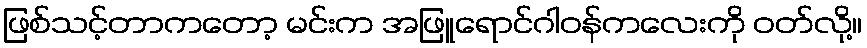
ဖြစ်သင့်တာကတော့ မင်းက အဖြူရောင်ဂါဝန်ကလေးကို ဝတ်လို့။